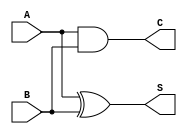
module CurrentModeHalfAdder (
    input wire A,   // First input bit
    input wire B,   // Second input bit
    output wire S,  // Sum output
    output wire C   // Carry output
);

// Internal signals for current representation (for simulation purposes)
wire current_A;
wire current_B;

// Define logic for sum (S) and carry (C)
assign S = A ^ B;  // Sum: S = A XOR B
assign C = A & B;  // Carry: C = A AND B

// Current representation (for illustrative purposes)
assign current_A = A ? 1'b1 : 1'b0;  // Logic high current (A)
assign current_B = B ? 1'b1 : 1'b0;  // Logic high current (B)

// Note: The actual implementation of current-mode logic would require
// additional circuitry such as current mirrors and differential pairs,
// which is not represented in this Verilog code.
// This code is a digital representation of the logic functionality.

endmodule